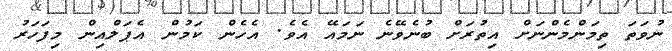
ނުވަތަ ތިމަންމެންނަށް އިތުރަށް ބުނެވޭނެ ނަމައޭ އެވެ. އެހެން ކަމުން އެޕަލްއިން މިފަހަރު